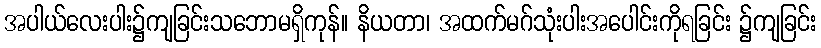
အပါယ်လေးပါး၌ကျခြင်းသဘောမရှိကုန်။ နိယတာ၊ အထက်မဂ်သုံးပါးအပေါင်းကိုရခြင်း ၌ကျခြင်း